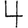
Digit: 4